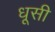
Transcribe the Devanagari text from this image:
धूसी